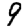
Digit: 9